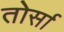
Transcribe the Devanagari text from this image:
तोर्सा